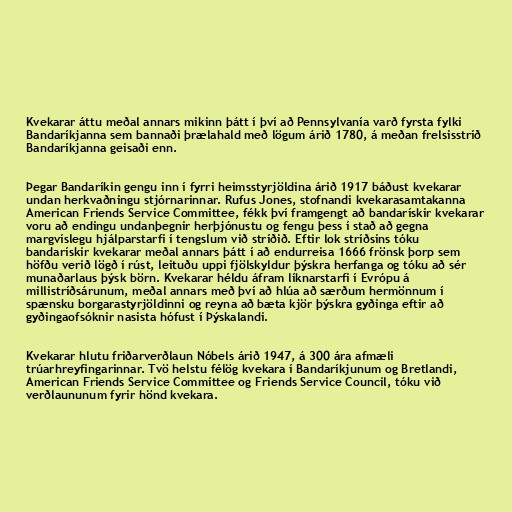
Kvekarar áttu meðal annars mikinn þátt í því að Pennsylvanía varð fyrsta fylki
Bandaríkjanna sem bannaði þrælahald með lögum árið 1780, á meðan frelsisstríð
Bandaríkjanna geisaði enn.

Þegar Bandaríkin gengu inn í fyrri heimsstyrjöldina árið 1917 báðust kvekarar
undan herkvaðningu stjórnarinnar. Rufus Jones, stofnandi kvekarasamtakanna
American Friends Service Committee, fékk því framgengt að bandarískir kvekarar
voru að endingu undanþegnir herþjónustu og fengu þess í stað að gegna
margvíslegu hjálparstarfi í tengslum við stríðið. Eftir lok stríðsins tóku
bandarískir kvekarar meðal annars þátt í að endurreisa 1666 frönsk þorp sem
höfðu verið lögð í rúst, leituðu uppi fjölskyldur þýskra herfanga og tóku að sér
munaðarlaus þýsk börn. Kvekarar héldu áfram líknarstarfi í Evrópu á
millistríðsárunum, meðal annars með því að hlúa að særðum hermönnum í
spænsku borgarastyrjöldinni og reyna að bæta kjör þýskra gyðinga eftir að
gyðingaofsóknir nasista hófust í Þýskalandi.

Kvekarar hlutu friðarverðlaun Nóbels árið 1947, á 300 ára afmæli
trúarhreyfingarinnar. Tvö helstu félög kvekara í Bandaríkjunum og Bretlandi,
American Friends Service Committee og Friends Service Council, tóku við
verðlaununum fyrir hönd kvekara.